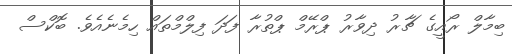
ބިމާލް ރޯއީގެ ޗާރު ދިވާރު ޕްރޭމް ޕްތުރާ ފަދަ ފިލްމްތައް ހިމެނެއެވެ. ބޮކްސް